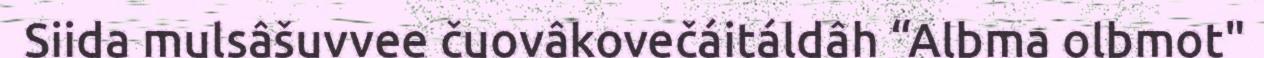
Siida mulsâšuvvee čuovâkovečáitáldâh “Albma olbmot"